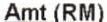
AMT (RM)